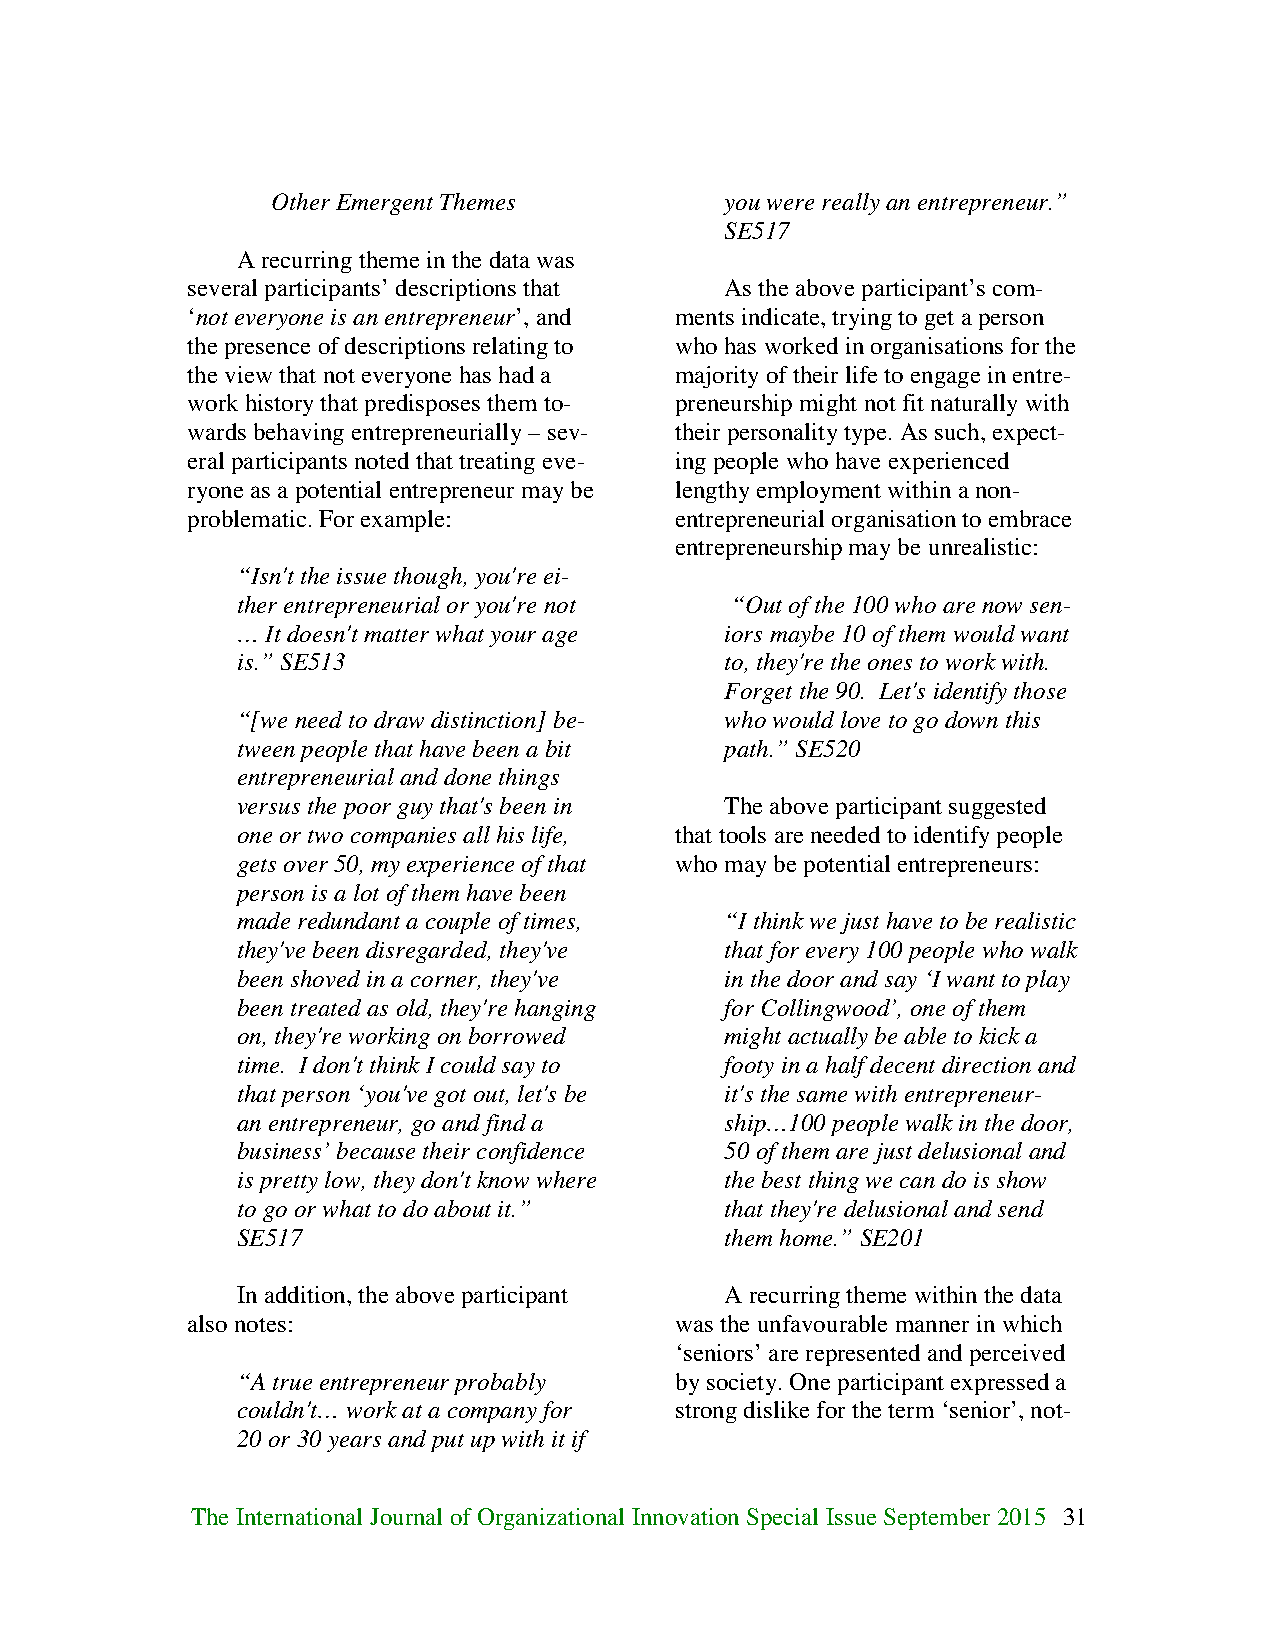
Other Emergent Themes         you were really an entrepreneur.”
 SE517
 A recurring theme in the data was
 several participants’ descriptions that As the above participant’s com-
 ‘not everyone is an entrepreneur’, and ments indicate, trying to get a person
 the presence of descriptions relating to who has worked in organisations for the
 the view that not everyone has had a majority of their life to engage in entre-
 work history that predisposes them to- preneurship might not fit naturally with
 wards behaving entrepreneurially – sev- their personality type. As such, expect-
 eral participants noted that treating eve- ing people who have experienced
 ryone as a potential entrepreneur may be lengthy employment within a non-
 problematic. For example:        entrepreneurial organisation to embrace
 entrepreneurship may be unrealistic:
 “Isn't the issue though, you're ei-
 ther entrepreneurial or you're not “Out of the 100 who are now sen-
 … It doesn't matter what your age iors maybe 10 of them would want
 is.” SE513                      to, they're the ones to work with.
 Forget the 90. Let's identify those
 “[we need to draw distinction] be- who would love to go down this
 tween people that have been a bit path.” SE520
 entrepreneurial and done things
 versus the poor guy that's been in The above participant suggested
 one or two companies all his life, that tools are needed to identify people
 gets over 50, my experience of that who may be potential entrepreneurs:
 person is a lot of them have been
 made redundant a couple of times, “I think we just have to be realistic
 they've been disregarded, they've that for every 100 people who walk
 been shoved in a corner, they've in the door and say ‘I want to play
 been treated as old, they're hanging for Collingwood’, one of them
 on, they're working on borrowed might actually be able to kick a
 time. I don't think I could say to footy in a half decent direction and
 that person ‘you've got out, let's be it's the same with entrepreneur-
 an entrepreneur, go and find a  ship…100 people walk in the door,
 business’ because their confidence 50 of them are just delusional and
 is pretty low, they don't know where the best thing we can do is show
 to go or what to do about it.”  that they're delusional and send
 SE517                           them home.” SE201
 In addition, the above participant A recurring theme within the data
 also notes:                      was the unfavourable manner in which
 ‘seniors’ are represented and perceived
 “A true entrepreneur probably by society. One participant expressed a
 couldn't… work at a company for strong dislike for the term ‘senior’, not-
 20 or 30 years and put up with it if
 The International Journal of Organizational Innovation Special Issue September 2015 31